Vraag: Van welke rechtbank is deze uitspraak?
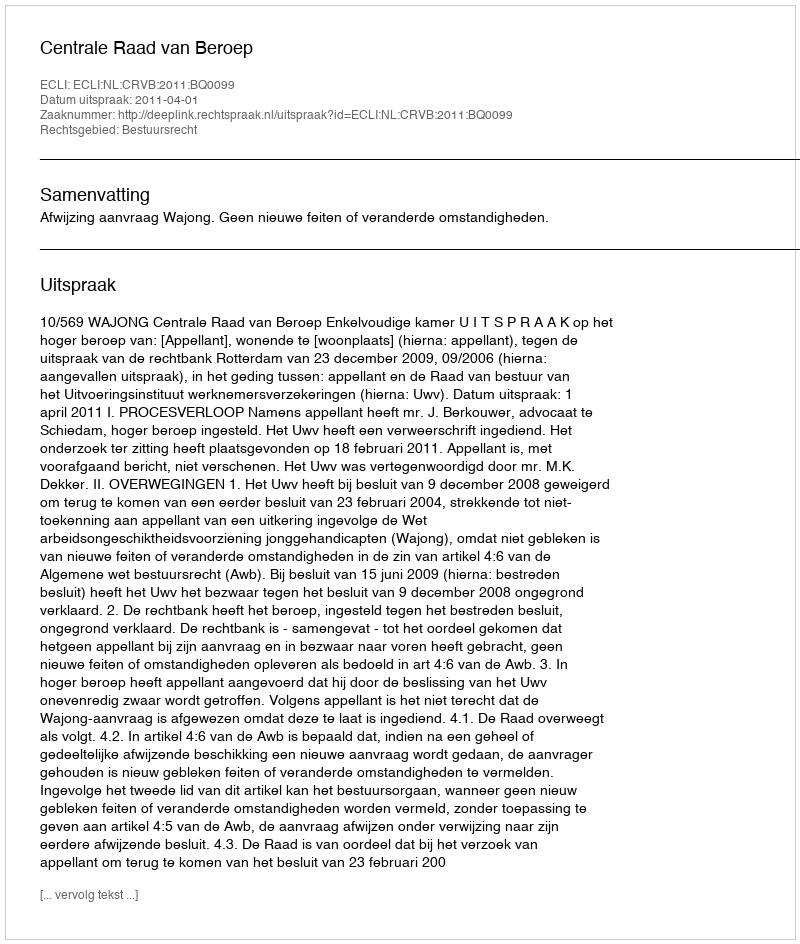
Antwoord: Centrale Raad van Beroep